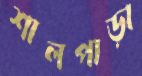
শালপাড়া